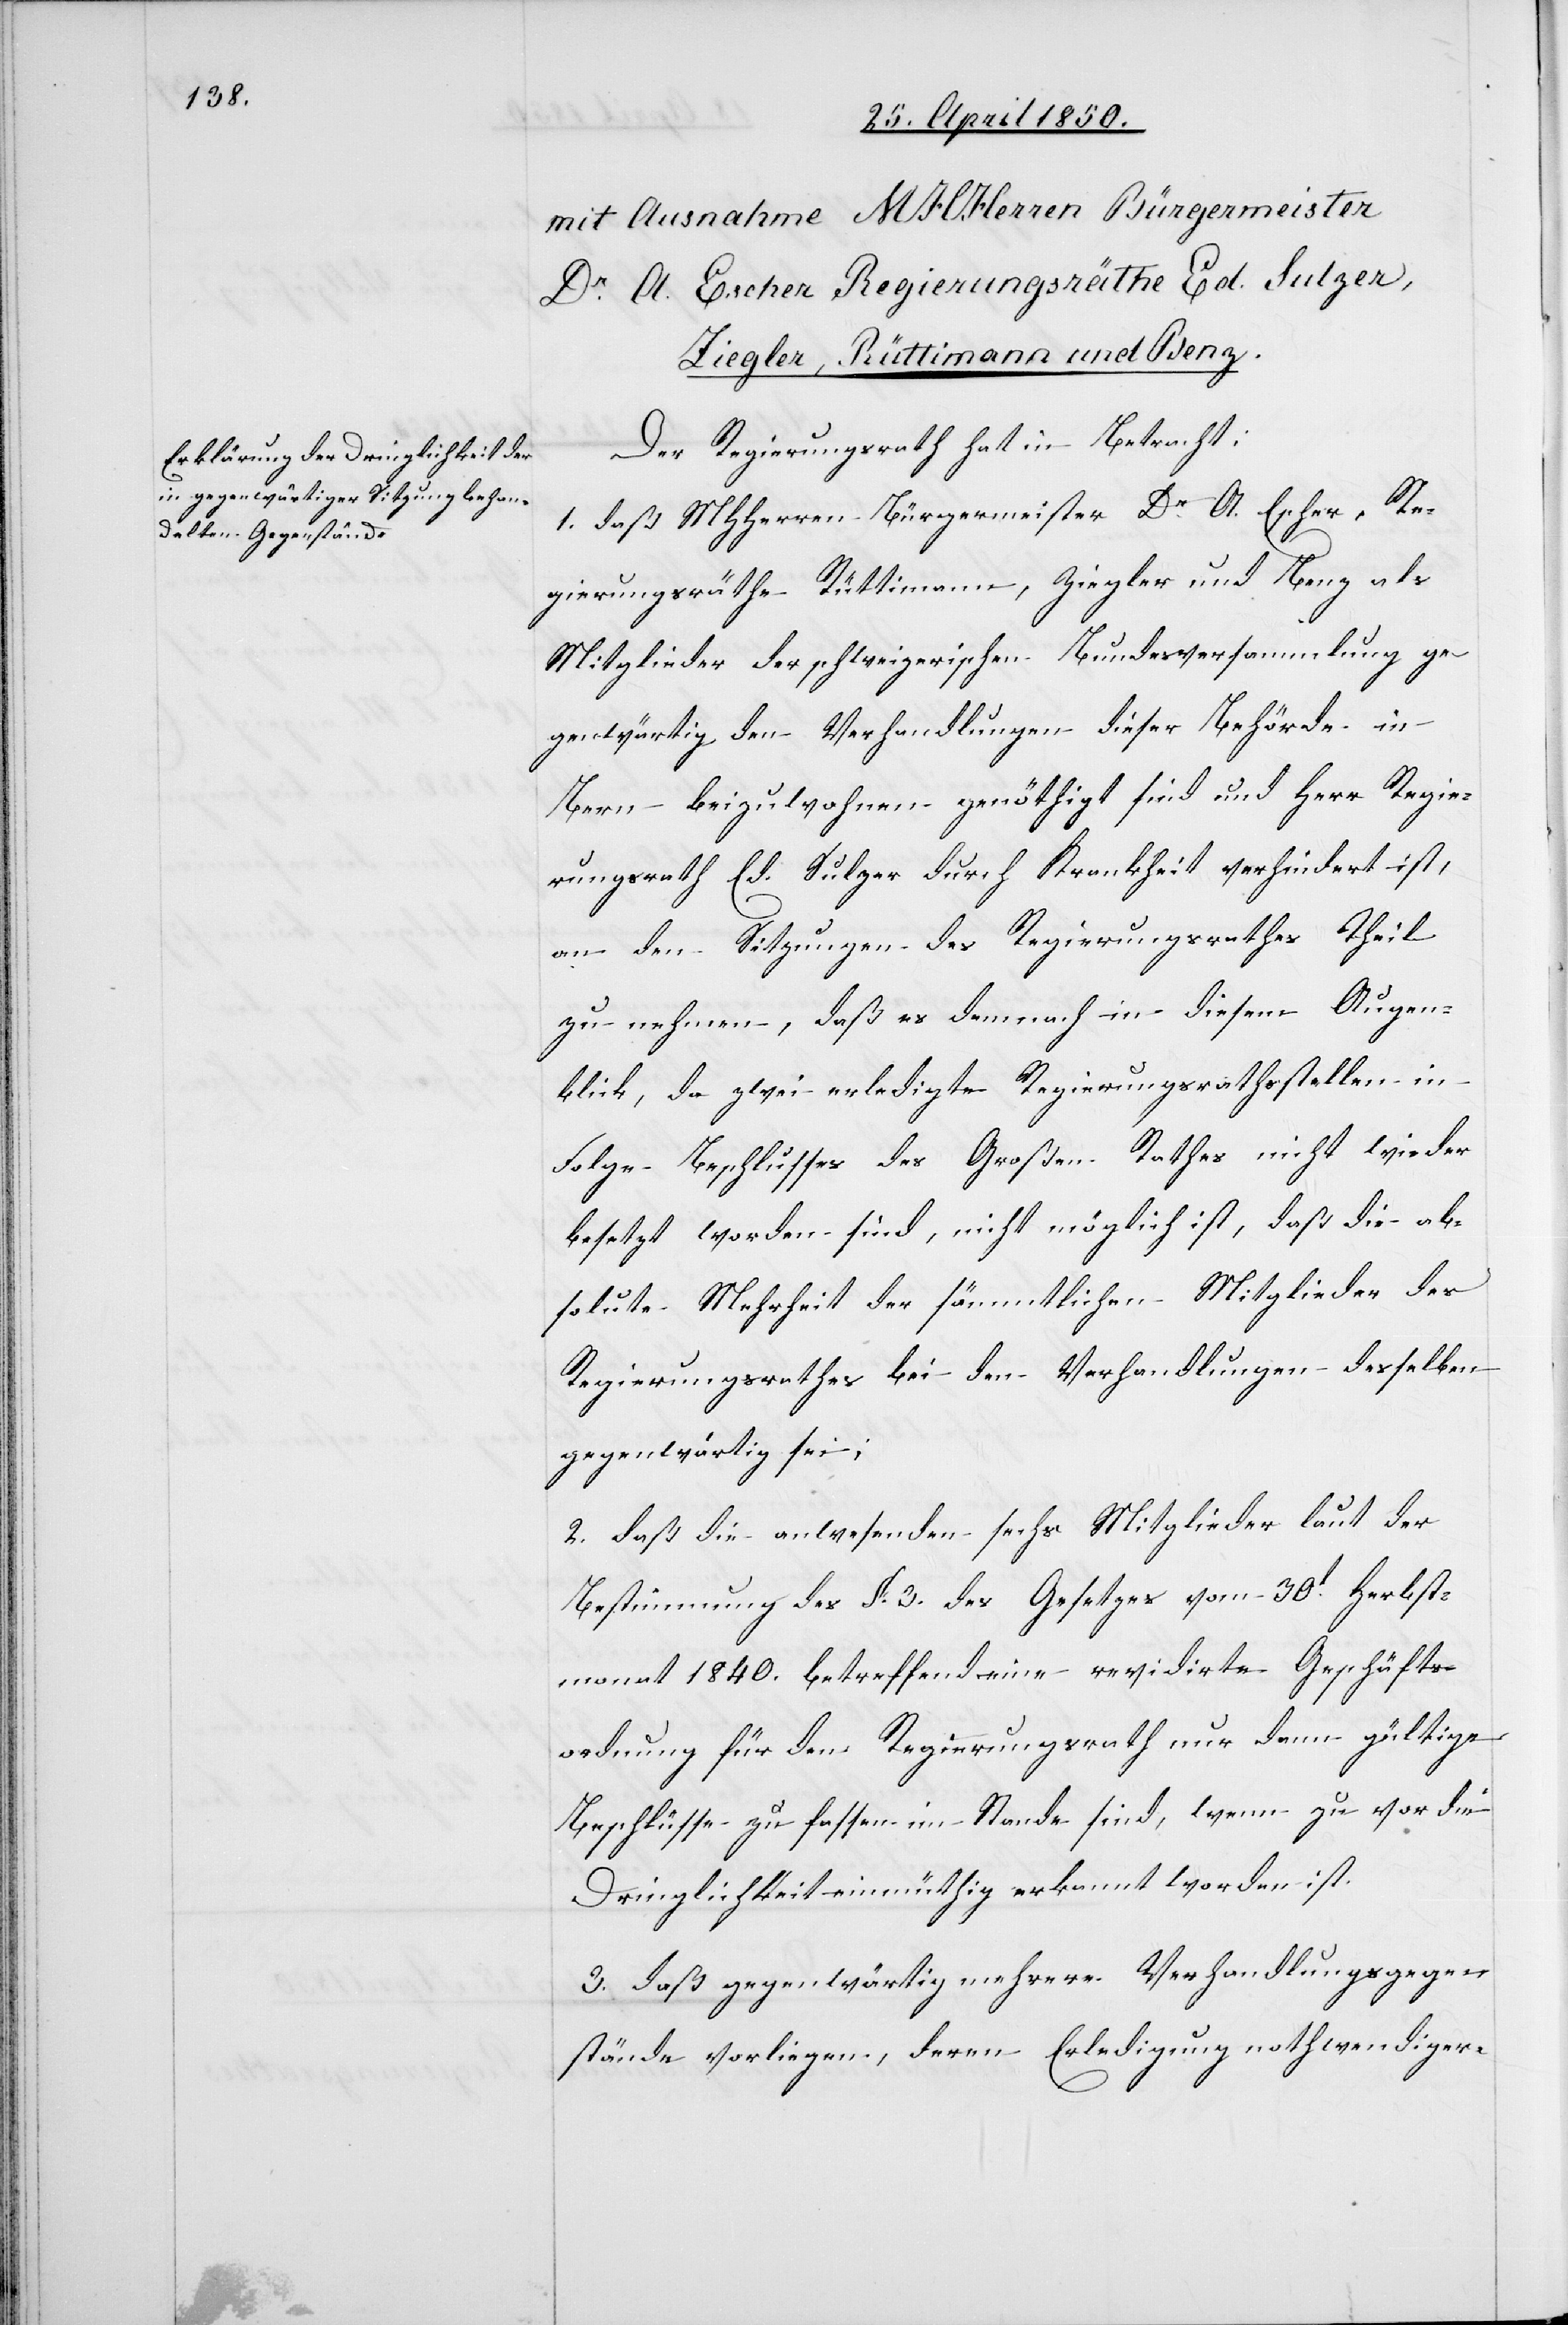
Der Regierungsrath hat in Betracht:
1. daß MHHerren Bürgermeister Dr A. Escher, Re¬
gierungsräthe Rüttimann, Ziegler und Benz als
Mitglieder der schweizerischen Bundesversammlung ge¬
genwärtig den Verhandlungen dieser Behörde in
Bern beizuwohnen genöthigt sind und Herr Regie¬
rungsrath Ed. Sulzer durch Krankheit verhindert ist,
an den Sitzungen des Regierungsrathes Theil
zu nehmen, daß es demnach in diesem Augen¬
blick, da zwei erledigte Regierungsrathsstellen in
Folge Beschlusses des Großen Rathes nicht wieder
besetzt worden sind, nicht möglich ist, daß die ab¬
solute Mehrheit der sämmtlichen Mitglieder des
Regierungsrathes bei den Verhandlungen desselben
gegenwärtig sei;
2. daß die anwesenden sechs Mitglieder laut der
Bestimmung des §. 3. des Gesetzes vom 30t Herbst¬
monat 1840. betreffend eine revidirte Geschäfts¬
ordnung für den Regierungsrath nur dann gültige
Beschlüsse zu fassen im Stande sind, wenn zuvor die
Dringlichkeit einmüthig erkannt worden ist.
3. daß gegenwärtig mehrere Verhandlungsgegen¬
stände vorliegen, deren Erledigung nothwendiger-